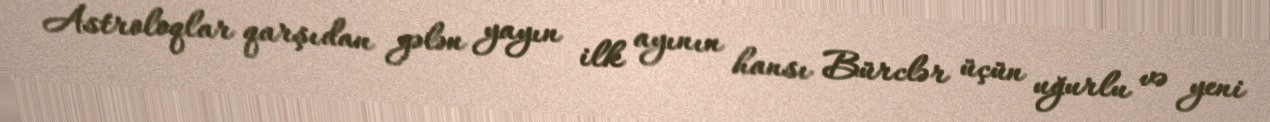
Astroloqlar qarşıdan gələn yayın ilk ayının hansı Bürclər üçün uğurlu və yeni